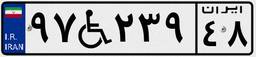
۹۷W۲۳۹۴۸